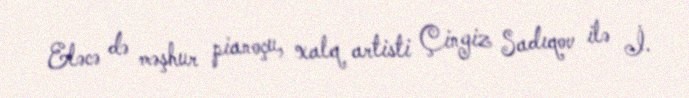
Eləcə də məşhur pianoçu, xalq artisti Çingiz Sadıqov ilə İ.